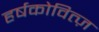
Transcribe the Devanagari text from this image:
हर्षकोवित्ज़